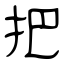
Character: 把